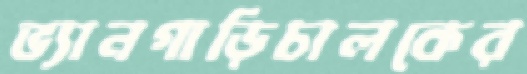
ভ্যানগাড়িচালকের